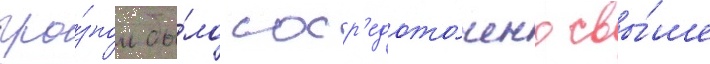
гро́зном бы́ло соср'едото́чено свы́ше